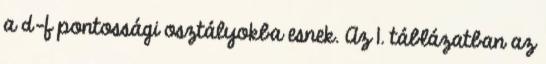
a d-f pontossági osztályokba esnek. Az 1. táblázatban az